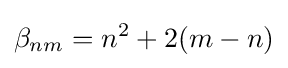
\beta _{nm}=n^{2}+2(m-n)